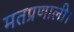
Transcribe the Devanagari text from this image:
मतप्रणाली।